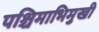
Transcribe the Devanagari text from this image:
पश्चिमाभिमुखी